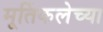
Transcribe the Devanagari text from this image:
मूर्तिकलेच्या